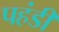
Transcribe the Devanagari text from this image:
पहंडी